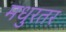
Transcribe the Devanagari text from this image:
मधुरतर